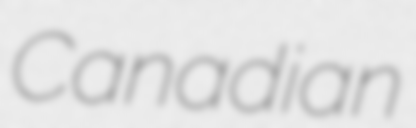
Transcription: Canadian